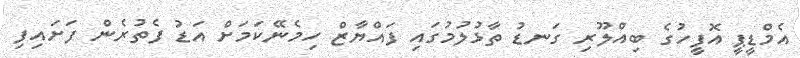
އެމްޑީޕީ އޮފީހުގެ ބިއްލޫރި ގަނޑު ތާޅުލުމުގައި ފައްޔާޒް ހިމެނޭކަމަށް އަޑު ފެތުރެން ފަށައިފި